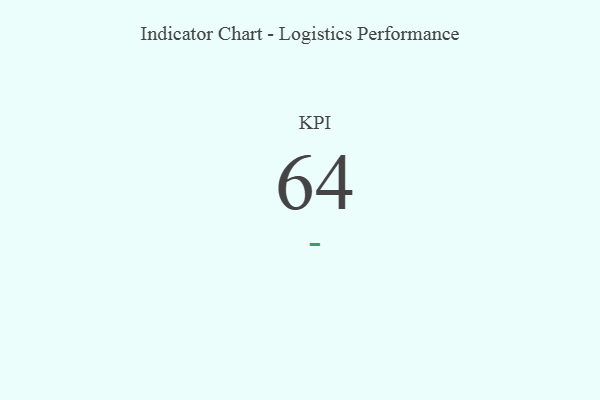
{"axis": {"x": "KPI", "y": "Value"}, "legend": [""], "data": [{"x": "KPI", "y": 64, "type": ""}]}